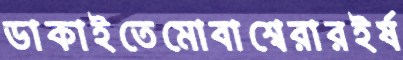
ডাকাইতেমোবাশ্বেরারইর্ষ